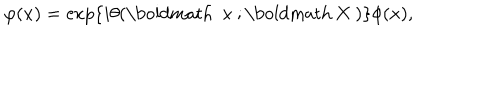
\varphi ( x ) = \exp \{ i \theta ( \mathrm { \boldmath ~ x ~ } ; \mathrm { \boldmath ~ X ~ } ) \} \phi ( x ) ,